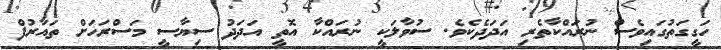
ހަގީގަތުގައިވެސް ނުރައްކާތެރި އަދަދެކެވެ. ސުވާލަކީ ނުރައްކާ އޮތީ އަދަދު ސިޔާސީ މަސްރަހަށް ތައާރުފް